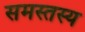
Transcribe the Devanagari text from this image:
समस्तस्य